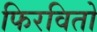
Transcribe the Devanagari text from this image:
फिरवितो